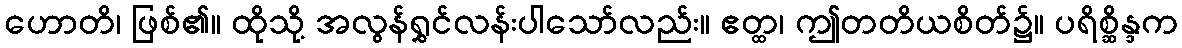
ဟောတိ၊ ဖြစ်၏။ ထိုသို့ အလွန်ရွှင်လန်းပါသော်လည်း။ ဧတ္ထ၊ ဤတတိယစိတ်၌။ ပရိစ္ဆိန္ဒက